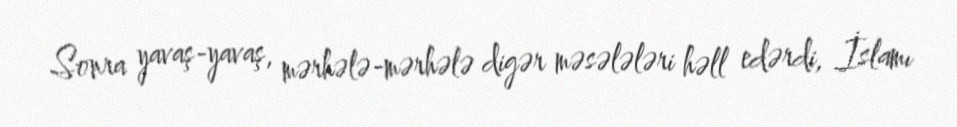
Sonra yavaş-yavaş, mərhələ-mərhələ digər məsələləri həll edərdi, İslamı